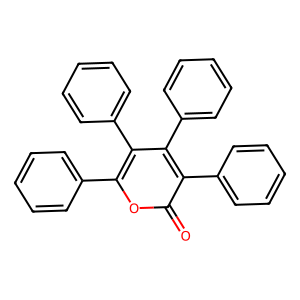
SMILES: O=c1oc(-c2ccccc2)c(-c2ccccc2)c(-c2ccccc2)c1-c1ccccc1
Inhibits HIV replication: No